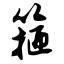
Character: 箍